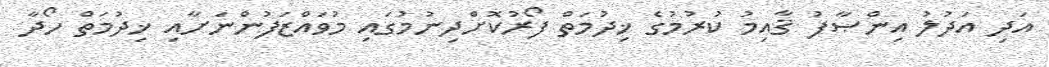
އަދި އަދުލު އިންޞާފު ޤާއިމު ކުރުމުގެ ޚިދުމަތް ފޯރުކޮށްދިނުމުގައި މުވައްޒަފުންނަށާއި ޚިދުމަތް ހޯދާ